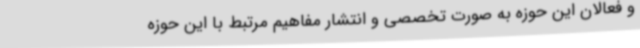
و فعالان این حوزه به صورت تخصصی و انتشار مفاهیم مرتبط با این حوزه